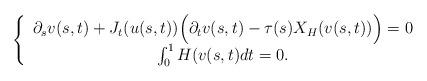
LaTeX: \begin{align*}\left\{\begin{array}{c}\partial_s v(s,t)+J_t(u(s,t))\Big(\partial_t v(s,t)-\tau(s)X_H(v(s,t))\Big)=0 \\\int_0^1 H(v(s,t)dt=0.\end{array}\right.\end{align*}